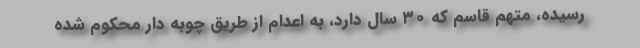
رسیده، متهم قاسم که ۳۰ سال دارد، به اعدام از طریق چوبه دار محکوم شده